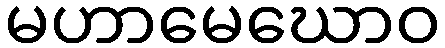
မဟာမေဃောဝ